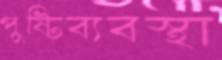
পুষ্টিব্যবস্থা